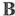
B